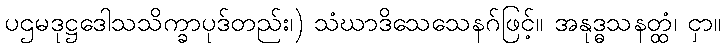
ပဌမဒုဋ္ဌဒေါသသိက္ခာပုဒ်တည်း၊) သံဃာဒိသေသေနဂ်ဖြင့်။ အနုဒ္ဓသနတ္ထံ၊ ငှာ။